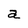
Character: a